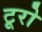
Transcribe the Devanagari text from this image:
टूरो